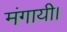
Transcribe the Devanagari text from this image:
मंगायी।